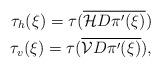
LaTeX: \begin{align*} \tau_h(\xi) = \tau (\overline{\mathcal{H}D\pi^{\prime}(\xi)}) \\ \tau_v(\xi) = \tau (\overline{\mathcal{V}D\pi^{\prime}(\xi)}),\end{align*}